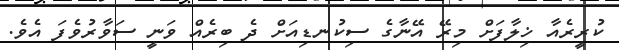
ކުރީރެއާ ޚިލާފަށް މިރޭ އޭނާގެ ސިކުނޑިއަށް ދެ ބިރެއް ވަނީ ސަވާރުވެފަ އެވެ.